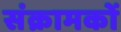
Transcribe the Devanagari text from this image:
संक्रामकों